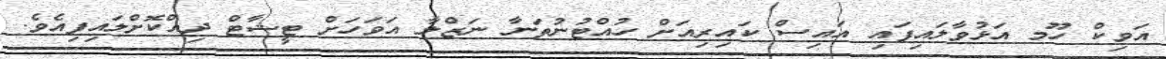
އަވިކް ހޫމ އަޅުވާލައިފައި އައިސް ކައިރިއަށް ހުއްޓުނުތަނާ ނަޒްލާ އަވަހަށް ޓީޝާޓް ދިއްކޮށްލައިފިއެވެ.